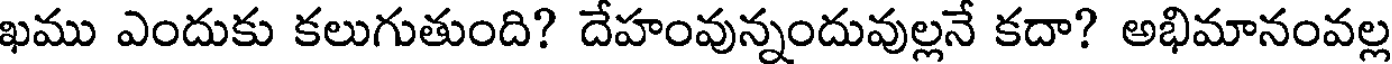
ఖము ఎందుకు కలుగుతుంది? దేహంవున్నందువుల్లనే కదా? అభిమానంవల్ల